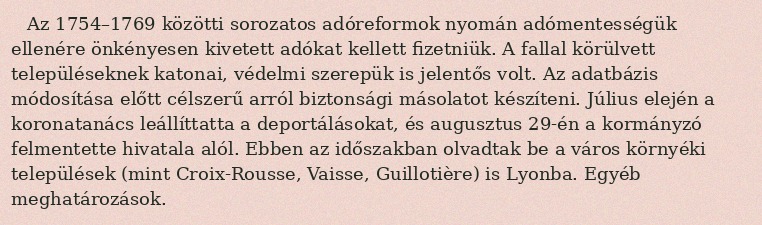
Az 1754–1769 közötti sorozatos adóreformok nyomán adómentességük ellenére önkényesen kivetett adókat kellett fizetniük. A fallal körülvett településeknek katonai, védelmi szerepük is jelentős volt. Az adatbázis módosítása előtt célszerű arról biztonsági másolatot készíteni. Július elején a koronatanács leállíttatta a deportálásokat, és augusztus 29-én a kormányzó felmentette hivatala alól. Ebben az időszakban olvadtak be a város környéki települések (mint Croix-Rousse, Vaisse, Guillotière) is Lyonba. Egyéb meghatározások.